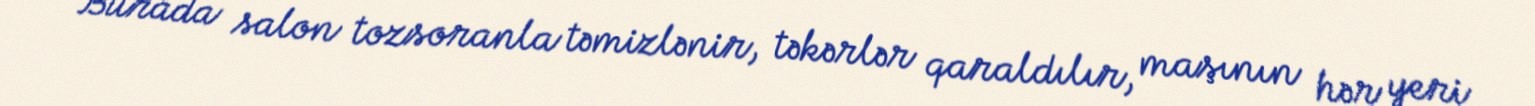
Burada salon tozsoranla təmizlənir, təkərlər qaraldılır, maşının hər yeri